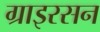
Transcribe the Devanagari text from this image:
ग्राइरसन